Eliaser,_Agnia_(Rutt)_ja_Elga, lk 50
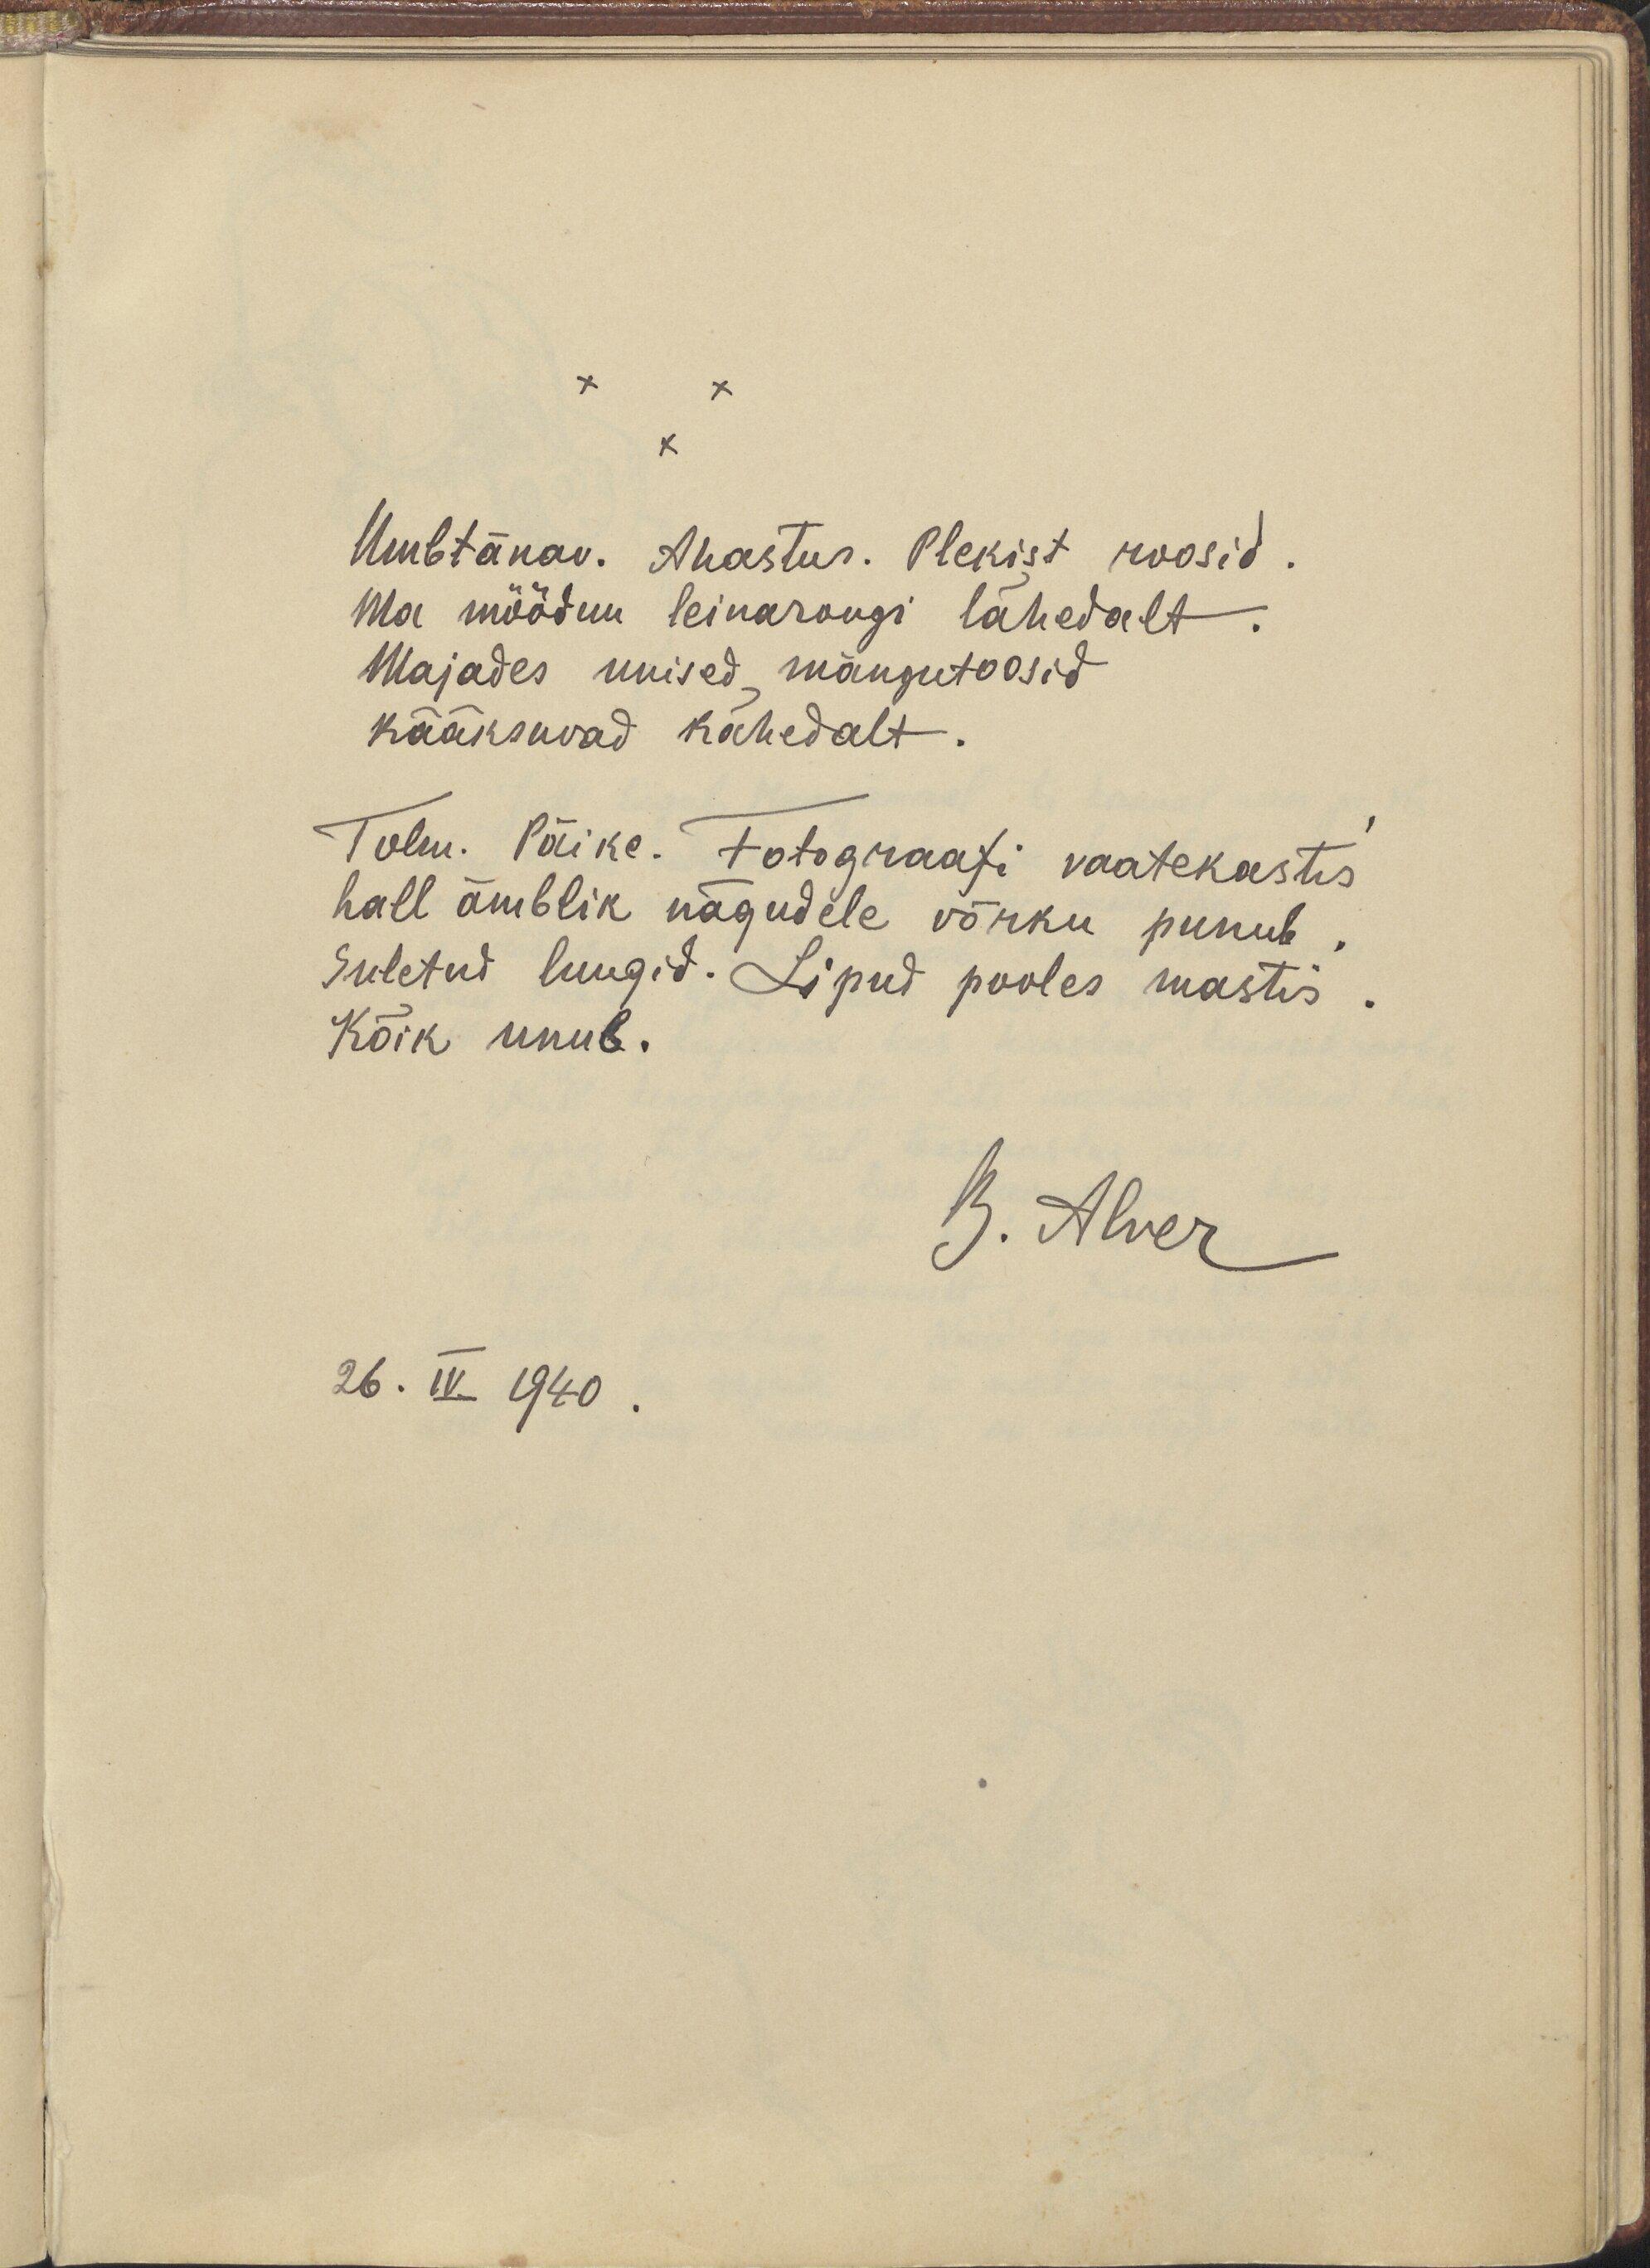
Umbtänav. Ahastus. Plekist roosid.
Ma möödun leinarongi lähedalt.
Majades unised mängutoosid
kääksuvad kähedalt.
Tolm. Päike. Fotograafi vaatekastis
hall ämblik nägudele võrku punub.
Suletud luugid. Lipud pooles mastis.
Kõik unub.
B. Alver
26. IV 1940.